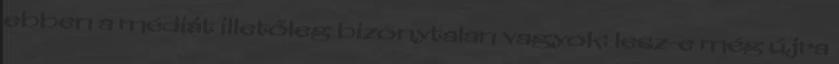
ebben a médiát illetőleg bizonytalan vagyok: lesz-e még újra